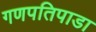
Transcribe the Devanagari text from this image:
गणपतिपाडा